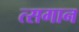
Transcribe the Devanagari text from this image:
त्सगान